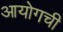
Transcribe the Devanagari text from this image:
आयोगची